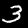
Label: 3